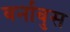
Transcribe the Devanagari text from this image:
बर्नाबुस